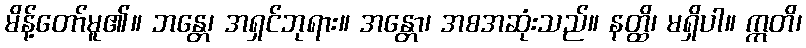
မိန့်တော်မူ၏။ ဘန္တေ၊ အရှင်ဘုရား။ အန္တော၊ အစအဆုံးသည်။ နတ္ထိ၊ မရှိပါ။ ဣတိ၊